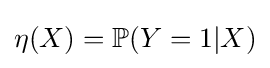
\eta (X)=\mathbb {P} (Y=1|X)